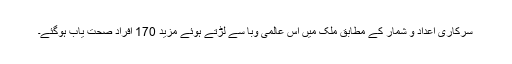
سرکاری اعداد و شمار کے مطابق ملک میں اس عالمی وبا سے لڑتے ہوئے مزید 170 افراد صحت یاب ہوگئے۔